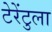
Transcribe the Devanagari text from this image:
टेरेंटुला